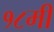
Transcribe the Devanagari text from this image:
१८मी